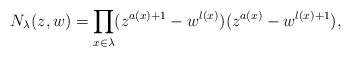
LaTeX: \begin{align*}N_{\lambda}(z,w)=\prod_{x\in\lambda}(z^{a(x)+1}-w^{l(x)})(z^{a(x)}-w^{l(x)+1}),\end{align*}